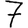
Digit: 7